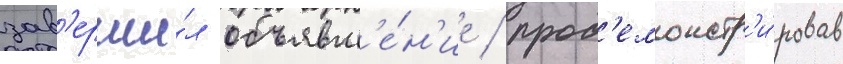
зав'ерши́л объявл'е́н'ие / прод'емонстр'и́ровав